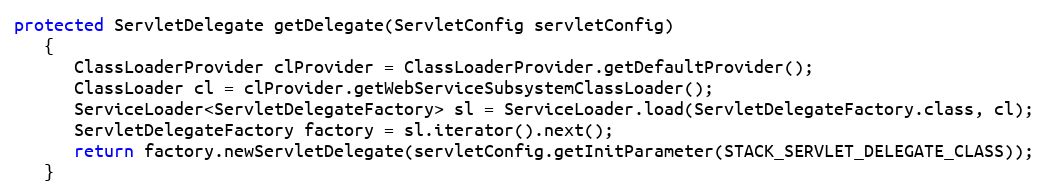
Language: Java
protected ServletDelegate getDelegate(ServletConfig servletConfig)
   {
      ClassLoaderProvider clProvider = ClassLoaderProvider.getDefaultProvider();
      ClassLoader cl = clProvider.getWebServiceSubsystemClassLoader();
      ServiceLoader<ServletDelegateFactory> sl = ServiceLoader.load(ServletDelegateFactory.class, cl);
      ServletDelegateFactory factory = sl.iterator().next();
      return factory.newServletDelegate(servletConfig.getInitParameter(STACK_SERVLET_DELEGATE_CLASS));
   }